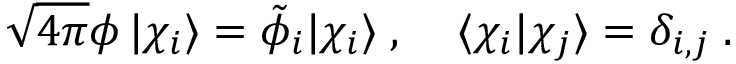
\sqrt { 4 \pi } \phi \, | \chi _ { i } \rangle = \tilde { \phi } _ { i } | \chi _ { i } \rangle \; , \; \; \; \; \langle \chi _ { i } | \chi _ { j } \rangle = \delta _ { i , j } \; .